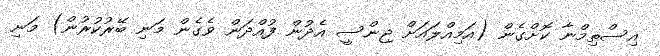
އިސްތިމްނާ ކޮށްގެން (އަމިއްލައަށް ޖިންސީ އެދުން ފުއްދަން ވެގެން މަނި ބޭރުކުރުން) މަނި